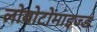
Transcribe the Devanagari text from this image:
लोबोटोमाइज्ड